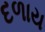
દળાય